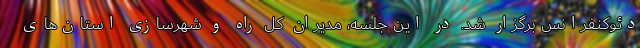
دئوکنفرانس برگزار شد. در این جلسه، مدیران کل راه و شهرسازی استان‌های